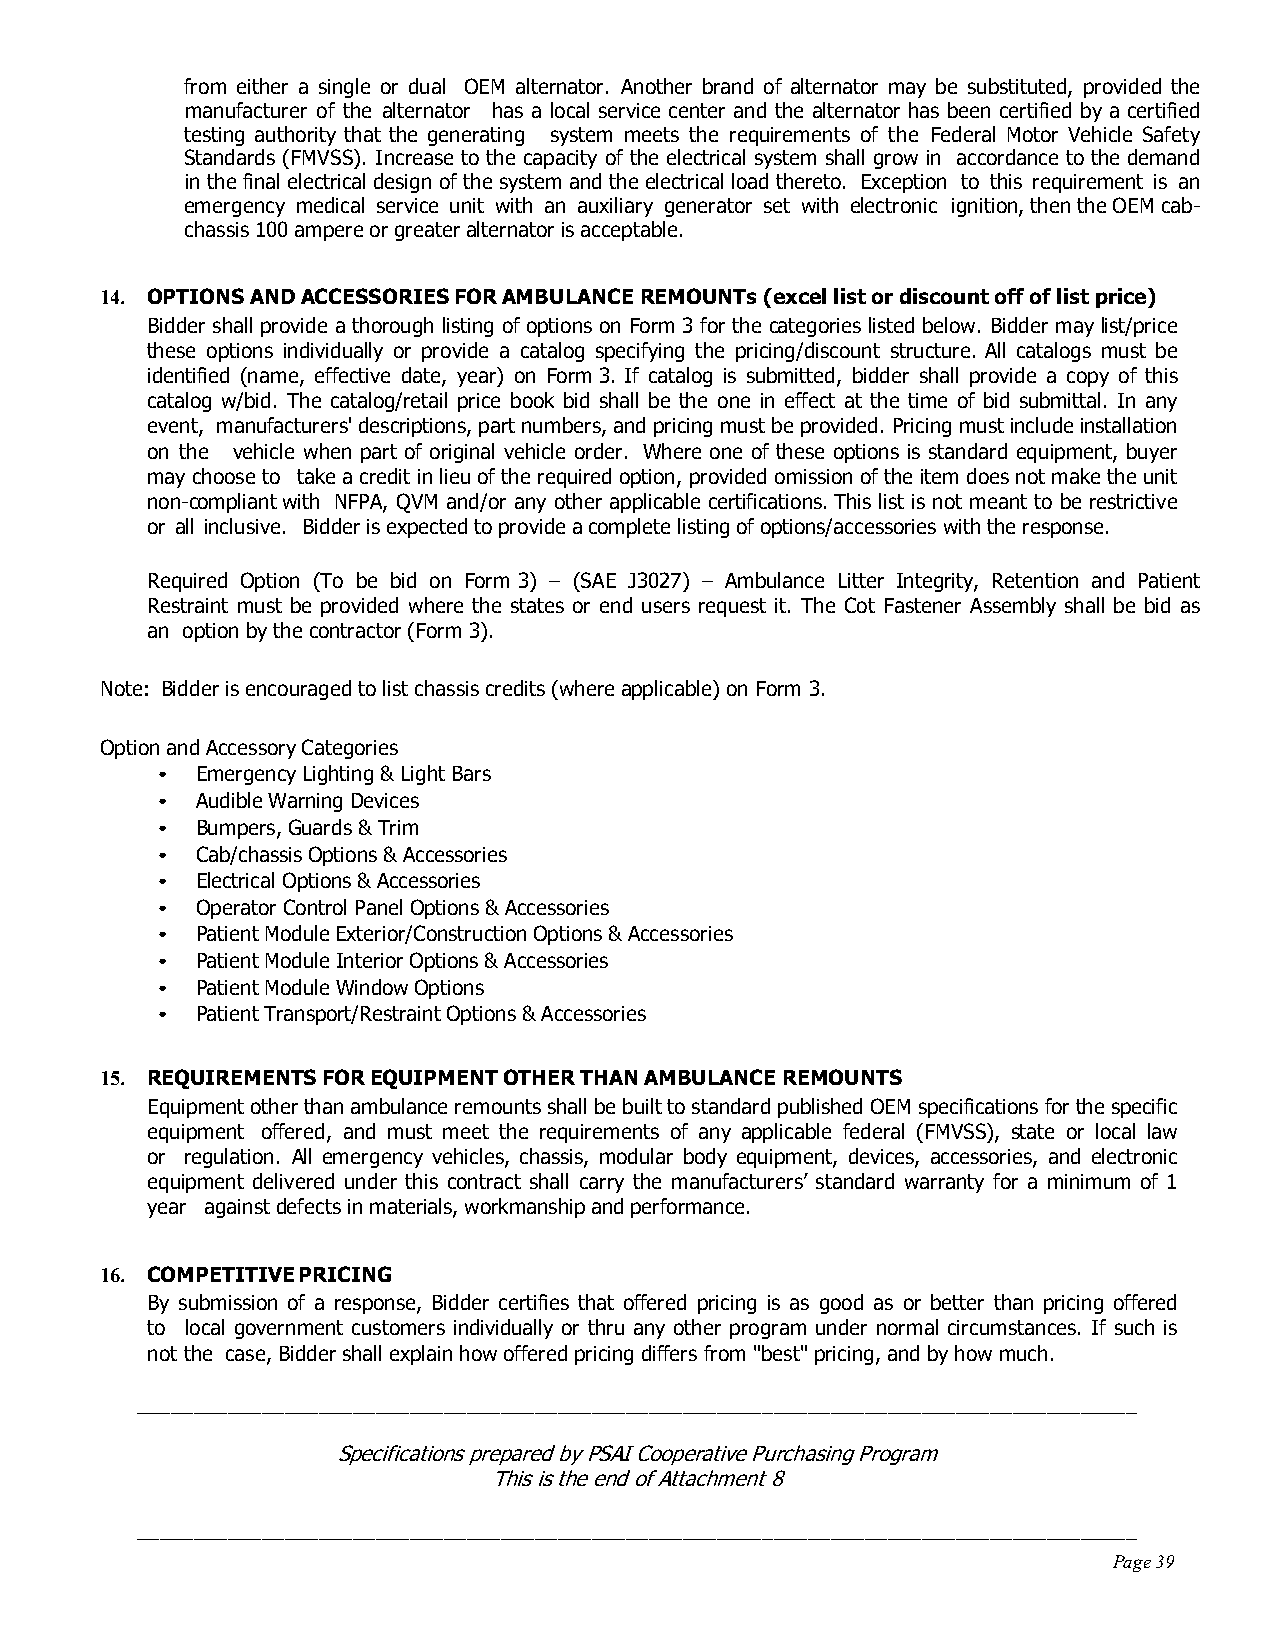
from either a single or dual OEM alternator. Another brand of alternator may be substituted, provided the
 manufacturer of the alternator has a local service center and the alternator has been certified by a certified
 testing authority that the generating system meets the requirements of the Federal Motor Vehicle Safety
 Standards (FMVSS). Increase to the capacity of the electrical system shall grow in accordance to the demand
 in the final electrical design of the system and the electrical load thereto. Exception to this requirement is an
 emergency medical service unit with an auxiliary generator set with electronic ignition, then the OEM cab-
 chassis 100 ampere or greater alternator is acceptable.
 14. OPTIONS AND ACCESSORIES FOR AMBULANCE REMOUNTs (excel list or discount off of list price)
 Bidder shall provide a thorough listing of options on Form 3 for the categories listed below. Bidder may list/price
 these options individually or provide a catalog specifying the pricing/discount structure. All catalogs must be
 identified (name, effective date, year) on Form 3. If catalog is submitted, bidder shall provide a copy of this
 catalog w/bid. The catalog/retail price book bid shall be the one in effect at the time of bid submittal. In any
 event, manufacturers' descriptions, part numbers, and pricing must be provided. Pricing must include installation
 on the vehicle when part of original vehicle order. Where one of these options is standard equipment, buyer
 may choose to take a credit in lieu of the required option, provided omission of the item does not make the unit
 non-compliant with NFPA, QVM and/or any other applicable certifications. This list is not meant to be restrictive
 or all inclusive. Bidder is expected to provide a complete listing of options/accessories with the response.
 Required Option (To be bid on Form 3) – (SAE J3027) – Ambulance Litter Integrity, Retention and Patient
 Restraint must be provided where the states or end users request it. The Cot Fastener Assembly shall be bid as
 an option by the contractor (Form 3).
 Note: Bidder is encouraged to list chassis credits (where applicable) on Form 3.
 Option and Accessory Categories
 •  Emergency Lighting & Light Bars
 •  Audible Warning Devices
 •  Bumpers, Guards & Trim
 •  Cab/chassis Options & Accessories
 •  Electrical Options & Accessories
 •  Operator Control Panel Options & Accessories
 •  Patient Module Exterior/Construction Options & Accessories
 •  Patient Module Interior Options & Accessories
 •  Patient Module Window Options
 •  Patient Transport/Restraint Options & Accessories
 15. REQUIREMENTS FOR EQUIPMENT OTHER THAN AMBULANCE REMOUNTS
 Equipment other than ambulance remounts shall be built to standard published OEM specifications for the specific
 equipment offered, and must meet the requirements of any applicable federal (FMVSS), state or local law
 or regulation. All emergency vehicles, chassis, modular body equipment, devices, accessories, and electronic
 equipment delivered under this contract shall carry the manufacturers’ standard warranty for a minimum of 1
 year against defects in materials, workmanship and performance.
 16. COMPETITIVE PRICING
 By submission of a response, Bidder certifies that offered pricing is as good as or better than pricing offered
 to local government customers individually or thru any other program under normal circumstances. If such is
 not the case, Bidder shall explain how offered pricing differs from "best" pricing, and by how much.
 ________________________________________________________________________________________
 Specifications prepared by PSAI Cooperative Purchasing Program
 This is the end of Attachment 8
 ________________________________________________________________________________________
 Page 39